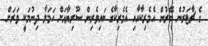
ގެ ޗާޓަރުން ބޭރުން އެމެރިކާއާއި އެމެރިކާގެ ބައިވެރިން ސޫރިޔާއަށް ހަމަލާ ދިނުމަކީ ވަރަށް